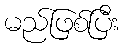
မည်ဖြစ်ပြီး